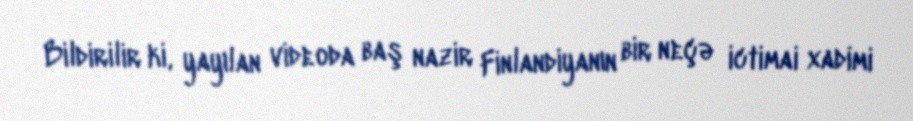
Bildirilir ki, yayılan videoda baş nazir Finlandiyanın bir neçə ictimai xadimi